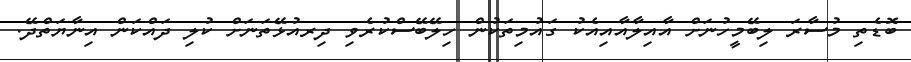
ބޮޑެތި މުސާރަ ލިބޭމީހުނަށް އާއިލާއާއިއެކު ގައުމިތަކުން ހިލޭބޭސްކުރެވި ދިރއުޅޭތަނަށް ކުލި ދައްކަން އިނާޔަތްދޭ.